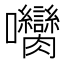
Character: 𡆝